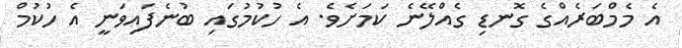
އެ މެމްބަރެއްގެ ގޮނޑި ގެއްލޭނެ ކަމަށެވެ. އެ ހުކުމުގައި ބުނެފައިވަނީ އެ ހުކުމް